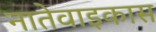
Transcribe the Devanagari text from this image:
नातेवाइकास